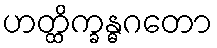
ဟတ္ထိက္ခန္ဓဂတော